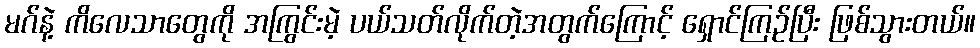
မဂ်နဲ့ ကိလေသာတွေကို အကြွင်းမဲ့ ပယ်သတ်လိုက်တဲ့အတွက်ကြောင့် ရှောင်ကြဉ်ပြီး ဖြစ်သွားတယ်။